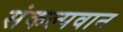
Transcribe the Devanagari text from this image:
संकल्पवान